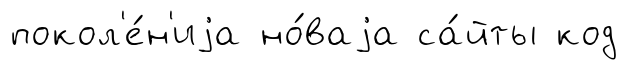
покол'е́н'иjа но́ваjа са́йты код